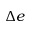
\Delta e